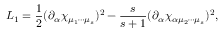
{ \cal L } _ { 1 } = \frac { 1 } { 2 } ( \partial _ { \alpha } \chi _ { \mu _ { 1 } \cdots \mu _ { s } } ) ^ { 2 } - \frac { s } { s + 1 } ( \partial _ { \alpha } \chi _ { \alpha \mu _ { 2 } \cdots \mu _ { s } } ) ^ { 2 } ,